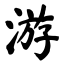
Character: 游